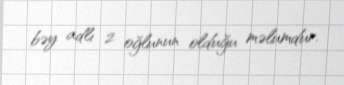
bəy adlı 2 oğlunun olduğu məlumdur.